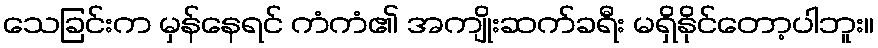
သေခြင်းက မှန်နေရင် ကံကံ၏ အကျိုးဆက်ခရီး မရှိနိုင်တော့ပါဘူး။